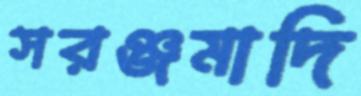
সরঞ্জমাদি